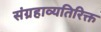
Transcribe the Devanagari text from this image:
संग्रहाव्यतिरिक्त